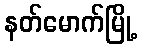
နတ်မောက်မြို့